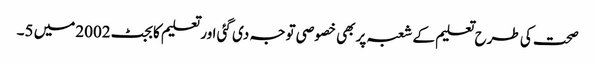
صحت کی طرح تعلیم کے شعبہ پر بھی خصوصی توجہ دی گئی اور تعلیم کا بجٹ2002میں 5۔